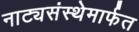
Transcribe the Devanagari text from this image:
नाट्यसंस्थेमार्फत